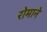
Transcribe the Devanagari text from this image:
रोमाने